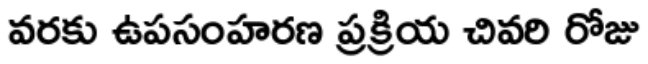
వరకు ఉపసంహరణ ప్రక్రియ చివరి రోజు